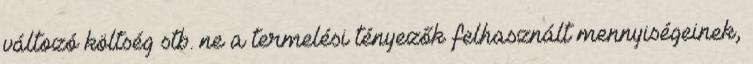
változó költség stb. ne a termelési tényezők felhasznált mennyiségeinek,